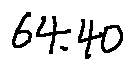
6 4 . 4 0